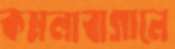
কমলাবাগানে